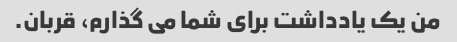
من یک یادداشت برای شما می گذارم، قربان.